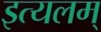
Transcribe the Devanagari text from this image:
इत्यलम्